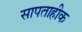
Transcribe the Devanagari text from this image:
सापताहीक